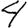
Digit: 4